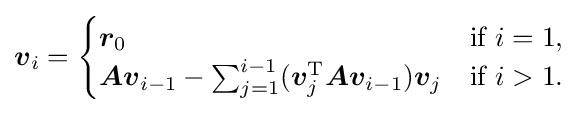
{\boldsymbol {v}}_{i}={\begin{cases}{\boldsymbol {r}}_{0}&{\text{if }}i=1{\text{,}}\\{\boldsymbol {Av}}_{i-1}-\sum _{j=1}^{i-1}({\boldsymbol {v}}_{j}^{\mathrm {T} }{\boldsymbol {Av}}_{i-1}){\boldsymbol {v}}_{j}&{\text{if }}i>1{\text{.}}\end{cases}}